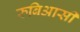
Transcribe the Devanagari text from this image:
रुबिआसी